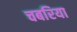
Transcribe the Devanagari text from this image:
चबरिया